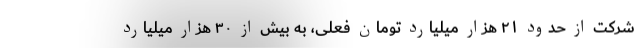
شرکت از حدود ۲۱ هزار میلیارد تومان فعلی، به بیش از ۳۰ هزار میلیارد